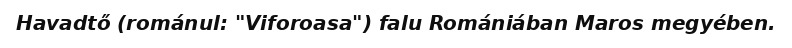
Havadtő (románul: "Viforoasa") falu Romániában Maros megyében.